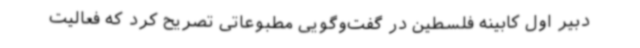
دبیر اول کابینه فلسطین در گفت‌وگویی مطبوعاتی تصریح کرد که فعالیت